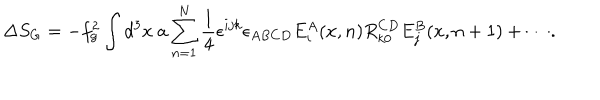
\Delta S _ { G } = - f _ { g } ^ { 2 } \int d ^ { 3 } x ~ a \sum _ { n = 1 } ^ { N } \frac { 1 } { 4 } \epsilon ^ { i j k } \epsilon _ { A B C D } E _ { i } ^ { A } ( x , n ) R _ { k 0 } ^ { C D } E _ { j } ^ { B } ( x , n + 1 ) + \cdots .